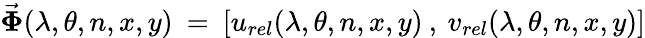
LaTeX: \vec{\boldsymbol{\Phi}}(\lambda,\theta,n,x,y)\: =\: [u_{rel}(\lambda,\theta,n,x,y)\: ,\: v_{rel}(\lambda,\theta,n,x,y)]